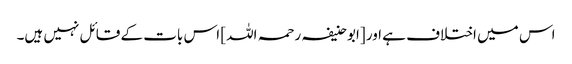
اس میں اختلاف ہے اور [ابو حنیفہ رحمہ اللہ] اس بات کے قائل نہیں ہیں۔